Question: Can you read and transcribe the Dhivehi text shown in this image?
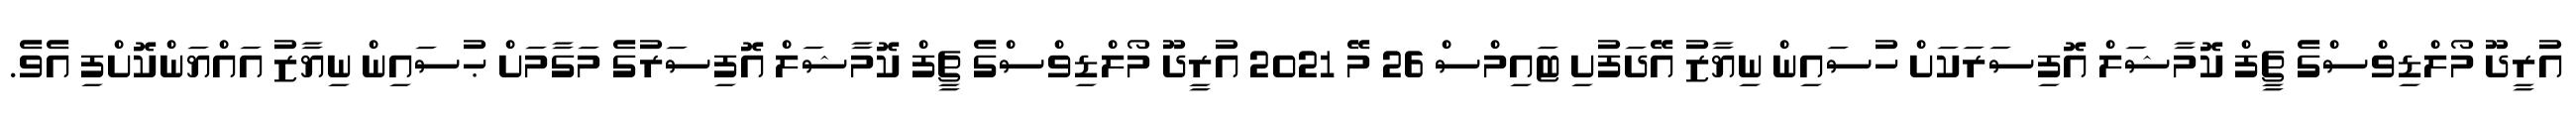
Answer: އުރީދޫ މޯލްޑިވްސްގެ ޗީފް ކޮމާޝަލް އޮފިސަރަކަށް ހުސައިން ނިޔާޒު އޭދަފުށި ޓައިމްސް 26 މޭ 2021 އުރީދޫ މޯލްޑިވްސްގެ ޗީފް ކޮމާޝަލް އޮފިސަރުގެ މަގާމަށް ޙުސައިން ނިޔާޒު އައްޔަންކޮށްފި އެވެ.